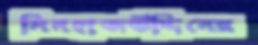
মিনহাজউদ্দিনের